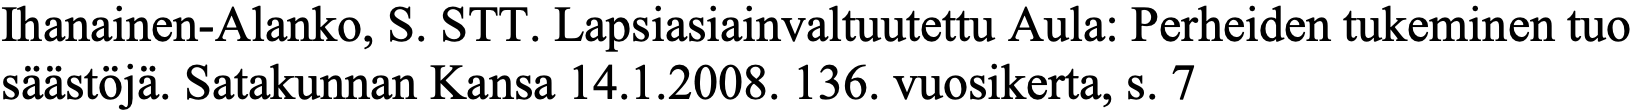
Ihanainen-Alanko, S. STT. Lapsiasiainvaltuutettu Aula: Perheiden tukeminen tuo säästöjä. Satakunnan Kansa 14.1.2008. 136. vuosikerta, s. 7